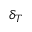
\delta _ { T }